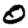
Digit: 0